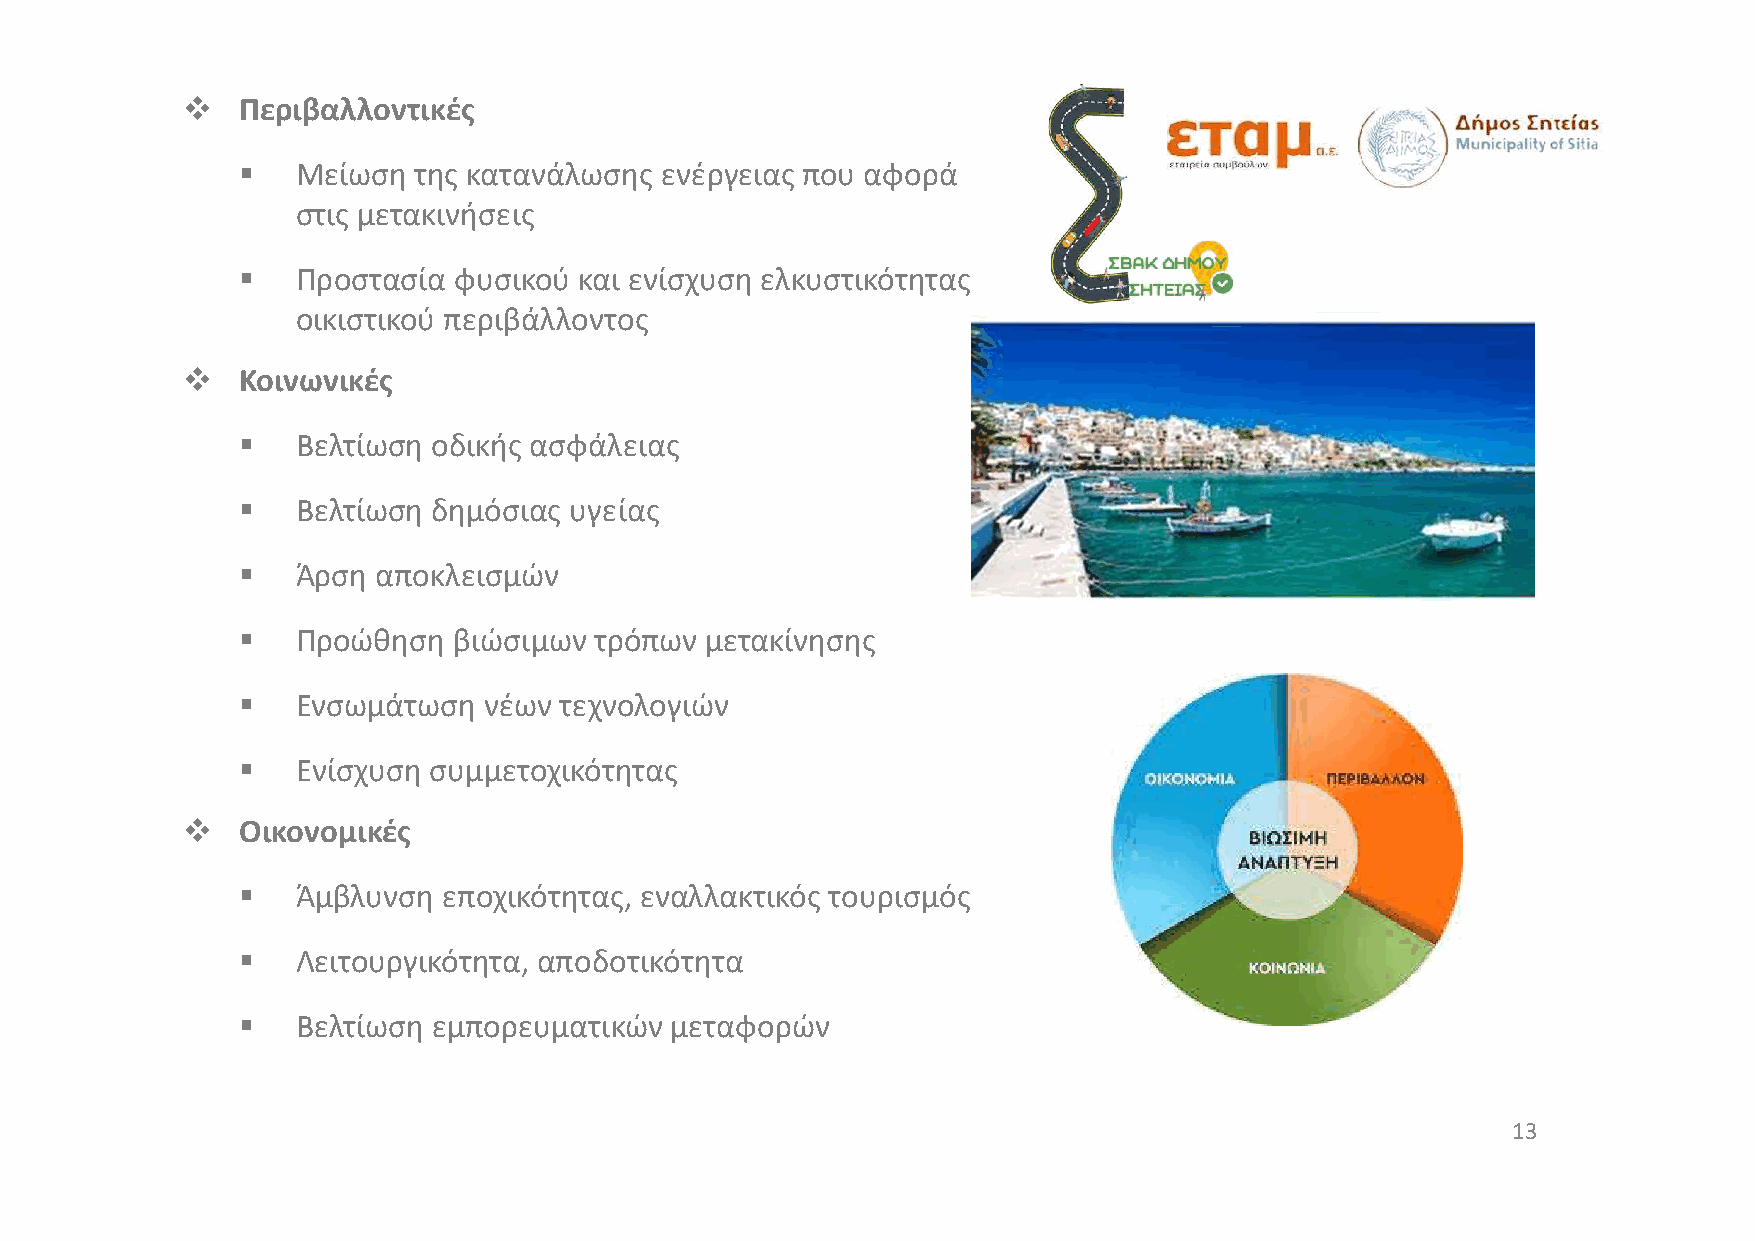
   Περιβαλλοντικές
    Μείωση της κατανάλωσης  ενέργειας που αφορά
 στις μετακινήσεις
    Προστασία φυσικού και ενίσχυση ελκυστικότητας
 οικιστικού περιβάλλοντος
    Κοινωνικές
    Βελτίωση οδικής ασφάλειας
    Βελτίωση δημόσιας υγείας
    Άρση αποκλεισμών
    Προώθηση  βιώσιμων τρόπων  μετακίνησης
    Ενσωμάτωση  νέων τεχνολογιών
    Ενίσχυση συμμετοχικότητας
    Οικονομικές
    Άμβλυνση εποχικότητας, εναλλακτικός τουρισμός
    Λειτουργικότητα, αποδοτικότητα
    Βελτίωση εμπορευματικών μεταφορών
 13